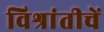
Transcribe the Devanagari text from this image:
विश्रांतीचें